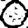
Digit: 0